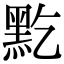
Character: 𪐜